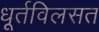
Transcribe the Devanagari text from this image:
धूर्तविलसत